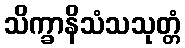
သိက္ခာနိသံသသုတ္တံ